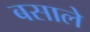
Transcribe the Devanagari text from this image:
बसाले